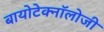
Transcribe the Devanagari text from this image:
बायोटेक्नॉलोजी